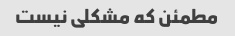
مطمئن که مشکلی نیست